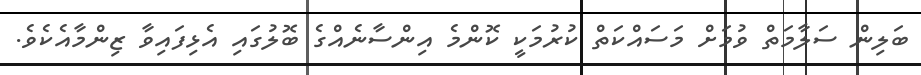
ބަލިން ސަލާމަތް ވުމަށް މަސައްކަތް ކުރުމަކީ ކޮންމެ އިންސާނެއްގެ ބޮލުގައި އެޅިފައިވާ ޒިންމާއެކެވެ.